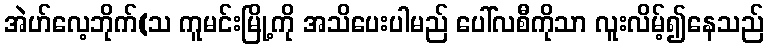
အဲဟ်လေ့ဘိုက်(သ ကူမင်းမြို့ကို အသိပေးပါမည် ပေါ်လစီကိုသာ လူးလိမ့်၍နေသည်